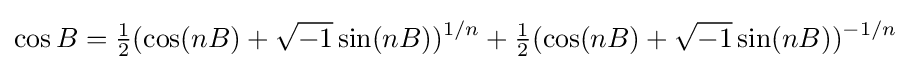
\cos B={\tfrac {1}{2}}(\cos(nB)+{\sqrt {-1}}\sin(nB))^{1/n}+{\tfrac {1}{2}}(\cos(nB)+{\sqrt {-1}}\sin(nB))^{-1/n}